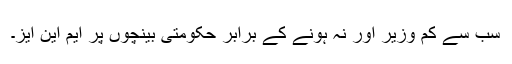
سب سے کم وزیر اور نہ ہونے کے برابر حکومتی بینچوں پر ایم این ایز۔